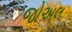
જોઅલ